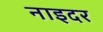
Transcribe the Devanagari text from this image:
नाइदर